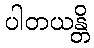
ပါတယန္တိ